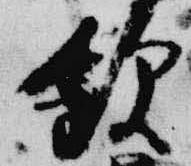
飲